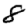
Digit: 8